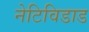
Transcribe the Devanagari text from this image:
नेटिविडाड